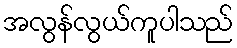
အလွန်လွယ်ကူပါသည်